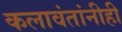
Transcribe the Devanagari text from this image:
कलावंतांनीही